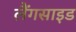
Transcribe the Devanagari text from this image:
लैंगसाइड